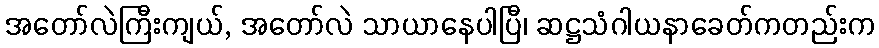
အတော်လဲကြီးကျယ်, အတော်လဲ သာယာနေပါပြီ၊ ဆဋ္ဌသံဂါယနာခေတ်ကတည်းက